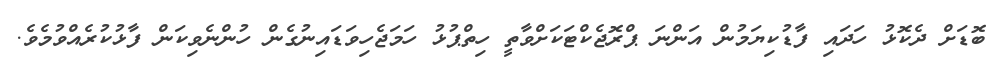
ބޮޑަށް ދެކޮޅު ހަދައި ފާޑުކިޔަމުން އަންނަ ޕްރޮޖެކްޓަކަށްވާތީ ހިތްޕުޅު ހަމަޖެހިވަޑައިނުގެން ހުންނެވިކަން ފާޅުކުރެއްވުމެވެ.